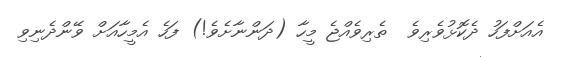
އެއަށްފަހު ދެކޮޅުވެރިވެ  ތެރިވެއްޖެ މީހާ (ދަންނާށެވެ!) ފަހެ އެމީހާއަށް ވޭންދެނިވި